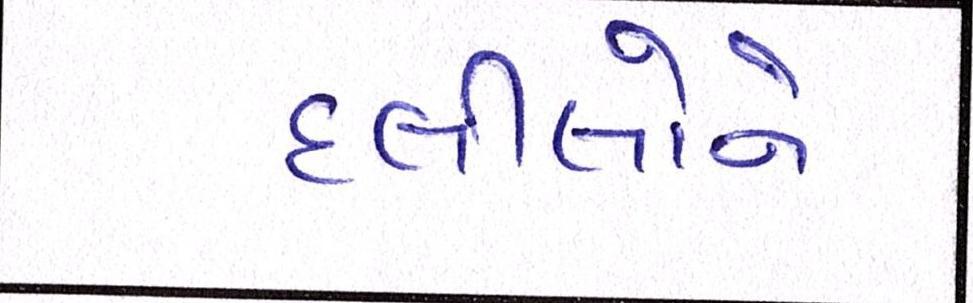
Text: દલીલોને